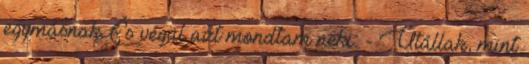
egymásnak. És végül azt mondtam neki: - Utállak, mint